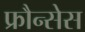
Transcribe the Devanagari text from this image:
फ्रौन्सेस